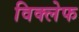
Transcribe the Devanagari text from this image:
विक्लेफ